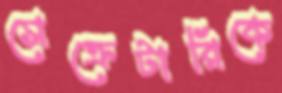
সেক্রেটারিকে